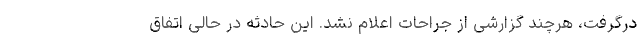
درگرفت، هرچند گزارشی از جراحات اعلام نشد. این حادثه در حالی اتفاق